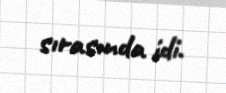
sırasında idi.